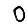
Digit: 0